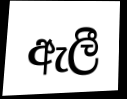
ඇලී